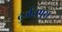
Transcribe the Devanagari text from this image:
दुर्जनपुरा